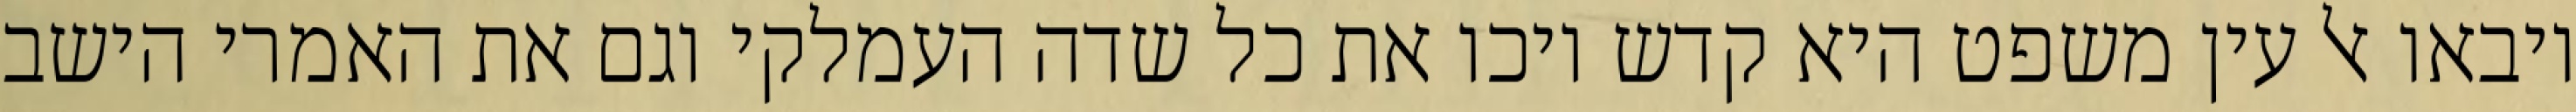
ויבאו אל עין משפט היא קדש ויכו את כל שדה העמלקי וגם את האמרי הישב